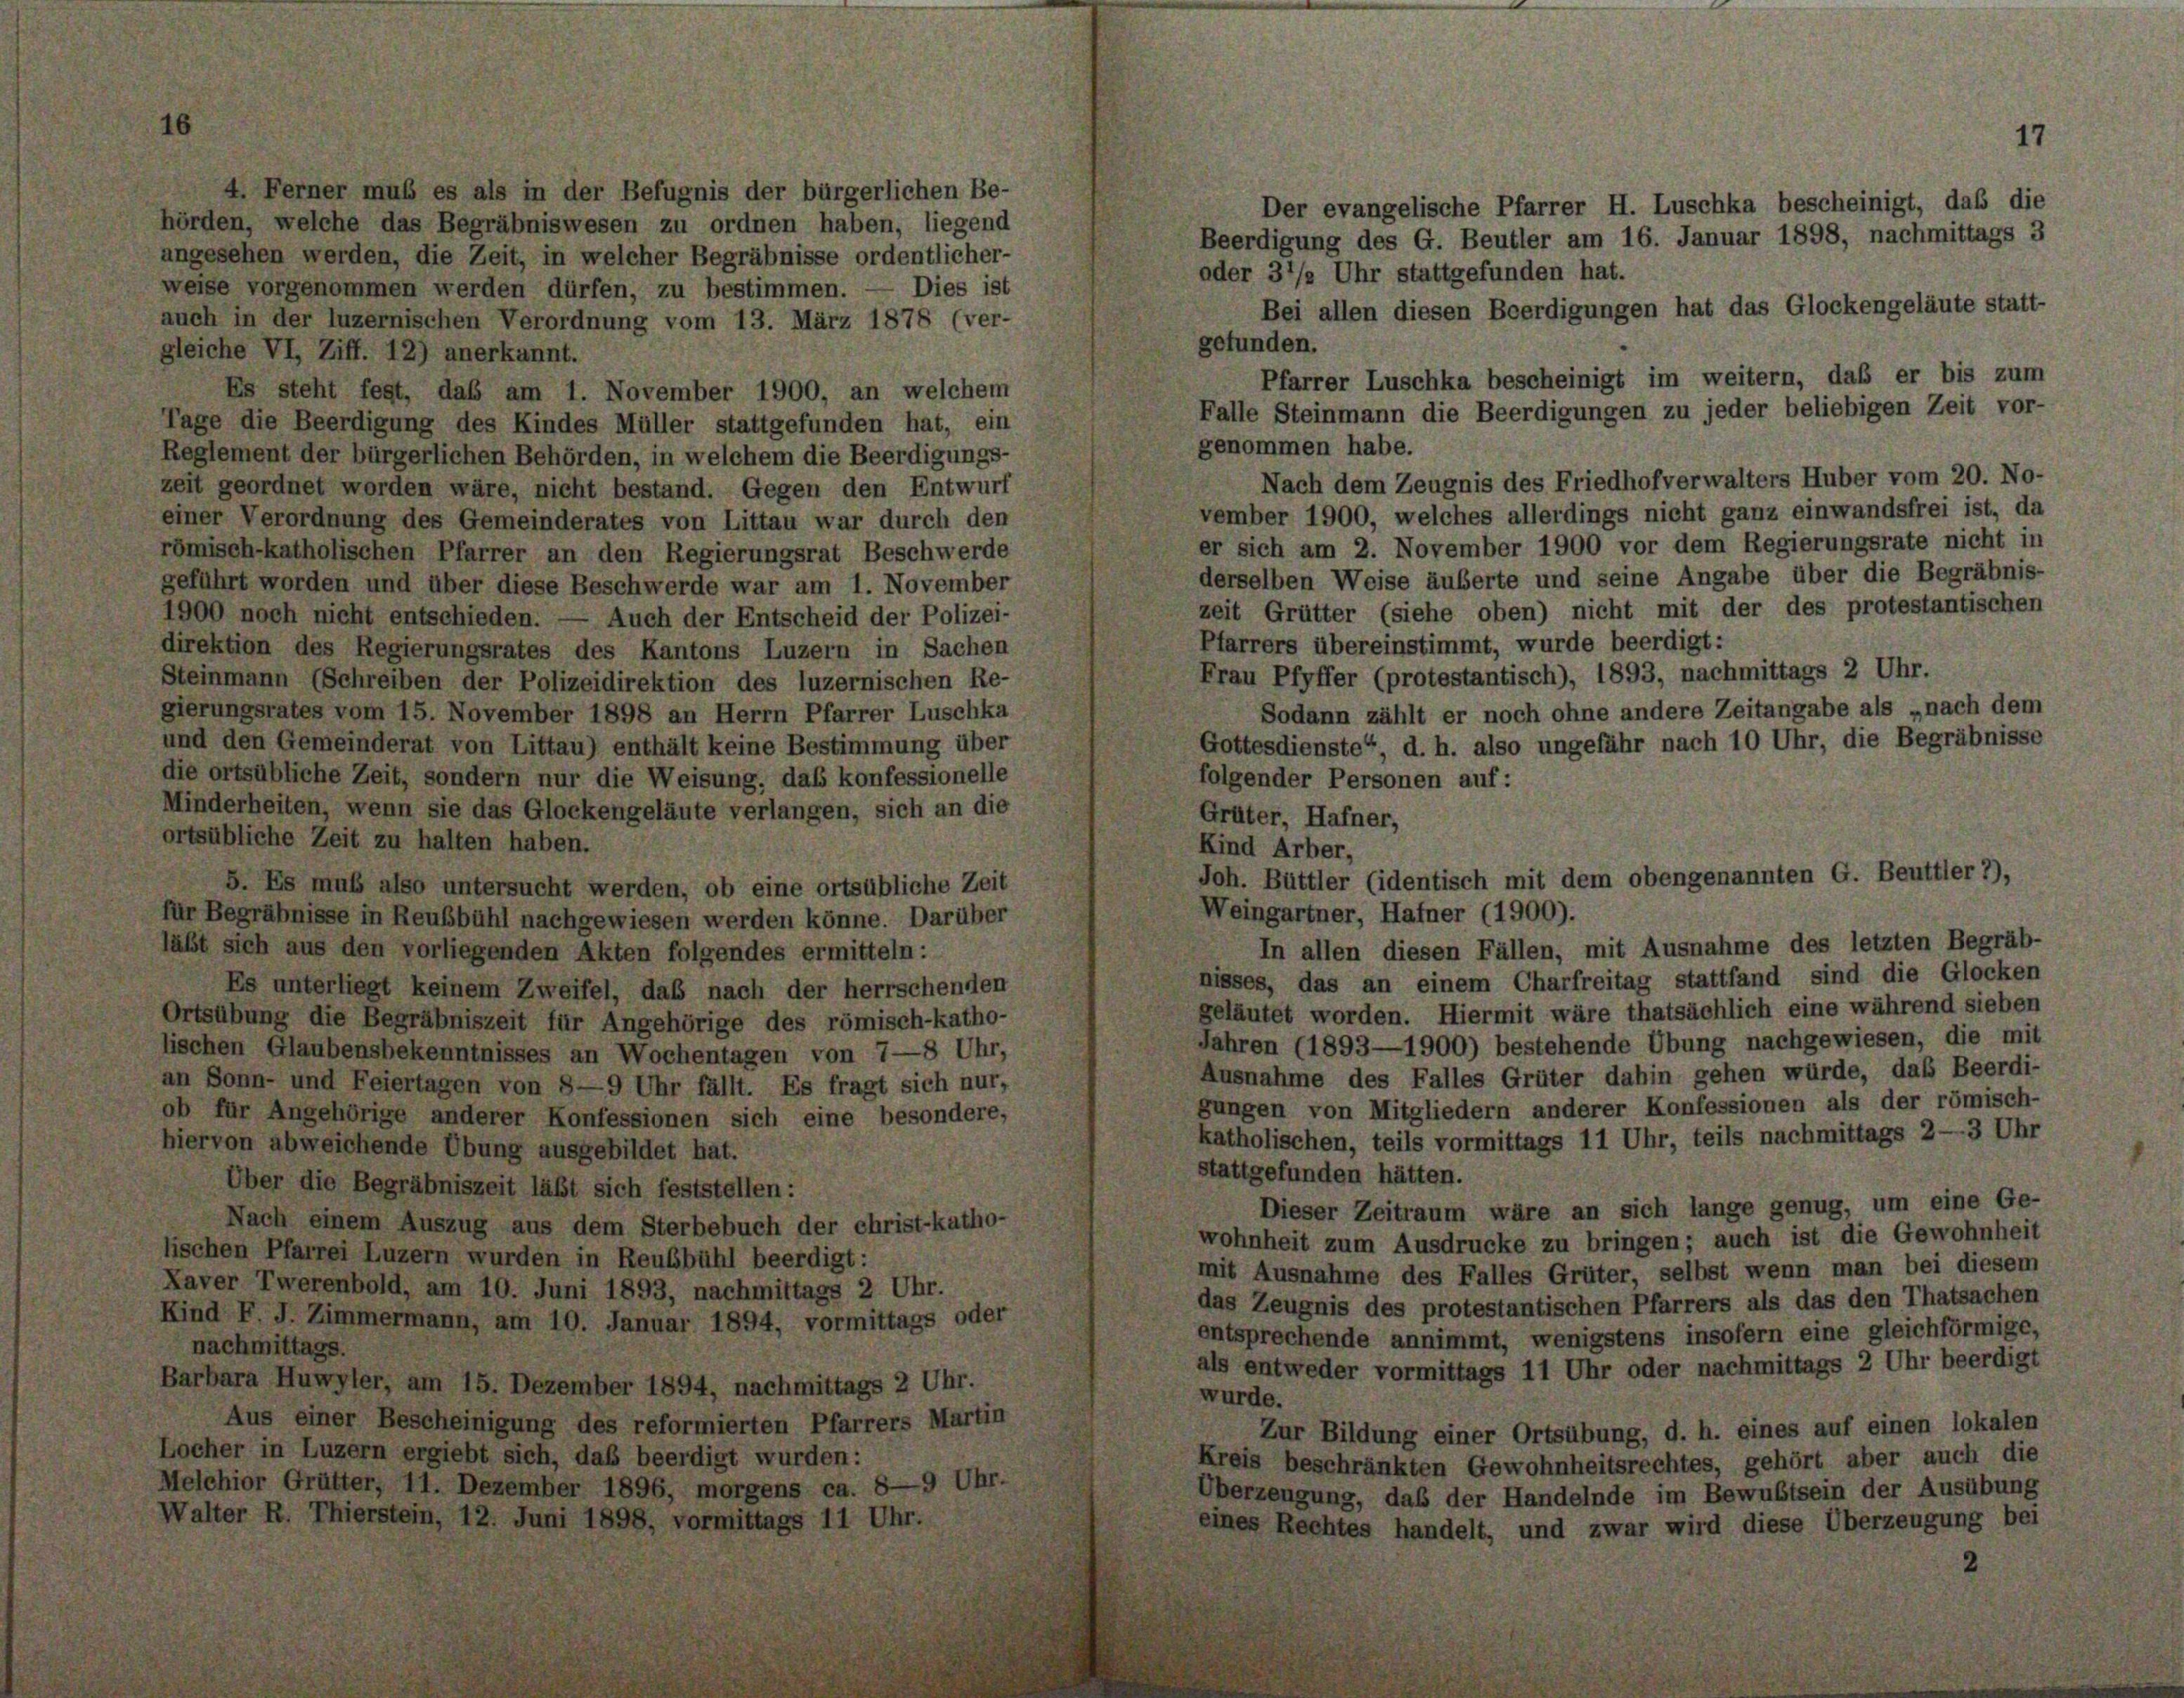
4. Ferner muß es als in der Befugnis der bürgerlichen Be-
Der evangelische Pfarrer H. Luschka bescheinigt, daß die
örden, welche das Begräbniswesen zu ordnen haben, liegend
Beerdigung des G. Beutler am 16. Januar 1898, nachmittags 3
ngesehen werden, die Zeit, in welcher Begräbnisse ordentlicher-
oder 31/2 Uhr stattgefunden hat.
weise vorgenommen werden dürfen, zu bestimmen. — Dies ist
Bei allen diesen Beerdigungen hat das Glockengeläute statt-
auch in der luzernischen Verordnung vom 13. März 1878 (ver-
gefunden.
gleiche VI, Ziff. 12) anerkannt.
Pfarrer Luschka bescheinigt im weitern, daß er bis zum
Es steht fest, das am 1. November 1900, an welchem
Falle Steinmann die Beerdigungen zu jeder beliebigen Zeit vor-
Tage die Beerdigung des Kindes Müller stattgefunden hat, ein
genommen habe.
Reglement der bürgerlichen Behörden, in welchem die Beerdigungs-
Nach dem Zeugnis des Friedhof verwalters Huber vom 20. No-
zeit geordnet worden wäre, nicht bestand. Gegen den Entwurf
vember 1900, welches allerdings nicht ganz einwandsfrei ist, da
einer Verordnung des Gemeinderates von Littau war durch den
er sich am 2. November 1900 vor dem Regierungsrate nicht in
ömisch-katholischen Pfarrer an den Regierungsrat Beschwerde
derselben Weise äußerte und seine Angabe über die Begräbnis-
geführt worden und über diese Beschwerde war am 1. November
zeit Grütter (siehe oben) nicht mit der des protestantischen
900 noch nicht entschieden. — Auch der Entscheid der Polizei-
Pfarrers übereinstimmt, wurde beerdigt:
direktion des Regierungsrates des Kantons Luzern in Sachen
Frau Pfyffer (protestantisch), 1893, nachmittags 2 Uhr.
Steinmann (Schreiben der Polizeidirektion des luzernischen Re-
Sodann zählt er noch ohne andere Zeitangabe als „nach dem
gierungsrates vom 15. November 1898 an Herrn Pfarrer Luschka
Gottesdienste“, d. h. also ungefähr nach 10 Uhr, die Begräbnisse
und den Gemeinderat von Littau) enthält keine Bestimmung über
die ortsübliche Zeit, sondern nur die Weisung, das konfessionelle
folgender Personen auf:
Minderheiten, wenn sie das Glockengeläute verlangen, sich an die
Grüter, Hafner,
rtsübliche Zeit zu halten haben.
Kind Arber,
Joh. Büttler (identisch mit dem obengenannten G. Beuttier 7),
5. Es muß also untersucht werden, ob eine ortsübliche Zeit
Weingartner, Hafner (1900).
ur Begräbnisse in Reußbühl nachgewiesen werden könne. Darüber
In allen diesen Fällen, mit Ausnahme des letzten Begräb-
läßt sich aus den vorliegenden Akten folgendes ermitteln:
nisses, das an einem Charfreitag stattfand sind die Glocken
Es unterliegt keinem Zweifel, das nach der herrschenden
geläutet worden. Hiermit wäre thatsächlich eine während sieben
Ortsübung die Begräbniszeit für Angehörige des römisch-katho-
Jahren (1893—1900) bestehende Übung nachgewiesen, die mit
ischen Glaubensbekenntnisses an Wochentagen von 7—8 Uhr,
Ausnahme des Falles Grüter dahin gehen würde, das Beerdi-
n Sonn- und Feiertagen von 8-9 Uhr fällt. Es fragt sich nur,
gungen von Mitgliedern anderer Konfessionen als der römisch-
b für Angehörige anderer Konfessionen sich eine besondere,
katholischen, teils vormittags 11 Uhr, teils nachmittags 2—3 Uhr
niervon abweichende Übung ausgebildet hat.
stattgefunden hätten.
Über die Begräbniszeit läßt sich feststellen:
Dieser Zeitraum wäre an sich lange genug, um eine Ge-
Nach einem Auszug aus dem Sterbebuch der christ-katho-
wohnheit zum Ausdrucke zu bringen; auch ist die Gewohnheit
ischen Pfarrei Luzern wurden in Reubbühl beerdigt:
mit Ausnahme des Falles Grüter, selbst wenn man bei diesem
Laver Twerenbold, am 10. Juni 1893, nachmittags 2 Uhr.
das Zeugnis des protestantischen Pfarrers als das den Thatsachen
Lind F. J. Zimmermann, am 10. Januar 1894, vormittags oder
entsprechende annimmt, wenigstens insofern eine gleichförmige,
nachmittags.
als entweder vormittags 11 Uhr oder nachmittags 2 Uhr beerdigt
arbara Huwyler, am 15. Dezember 1894, nachmittags 2 Uhr.
wurde.
Aus einer Bescheinigung des reformierten Pfarrers Martin
Zur Bildung einer Ortsübung, d. h. eines auf einen lokalen
ocher in Luzern ergiebt sich, daß beerdigt wurden:
Kreis beschränkten Gewohnheitsrechtes, gehört aber auch die
Melchior Grütter, 11. Dezember 1896, morgens ca. 8—9 Uhr.
Überzeugung, das der Handelnde im Bewustsein der Ausübung
Valter R. Thierstein, 12. Juni 1898, vormittags 11 Uhr.
diese Überzeugung bei
eines B